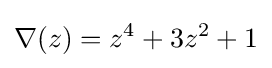
\nabla (z)=z^{4}+3z^{2}+1